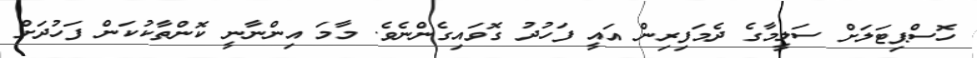
ހޮސްޕިޓަލަށް ސަލީމާގެ ދެމަފިރިން އައީ ފަހުދު ގޮވައިގެންނެވެ. މާމަ އިންނާނީ ކޮންތާކުކަން ފަހުދަށް